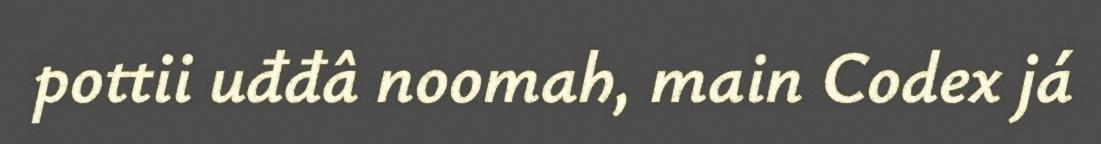
pottii uđđâ noomah, main Codex já